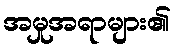
အမှုအရာများ၏